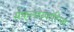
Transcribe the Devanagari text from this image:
सेफ़्लोस्पोरिन्स